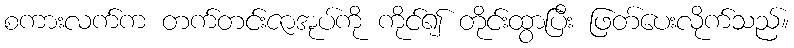
စကားလက်က တက်တင်းဇာအုပ်ကို ကိုင်၍ တိုင်းထွာပြီး ဖြတ်ပေးလိုက်သည်။